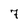
Character: 7